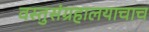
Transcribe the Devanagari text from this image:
वस्तुसंग्रहालयाचाच